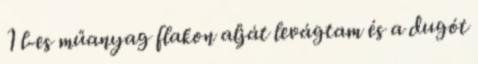
1 l-es műanyag flakon alját levágtam és a dugót